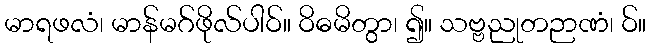
မာရဖလံ၊ မာန်မဂ်ဖိုလ်ပါဝ်။ ဝိဓမိတွာ၊ ၍။ သဗ္ဗညုတဉာဏံ၊ ဝ်။